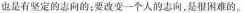
也是有坚定的志向的；要改变一个人的志向，是很困难的。